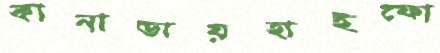
কানাডায়হাইফো